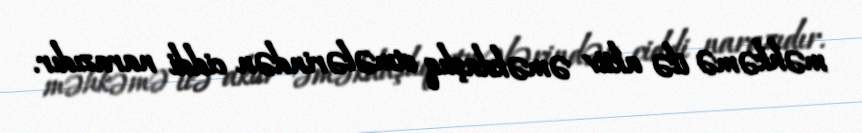
məhkəmə ilə aktiv əməkdaşlıq etmələrindən ciddi narazıdır.